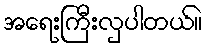
အရေးကြီးလှပါတယ်။